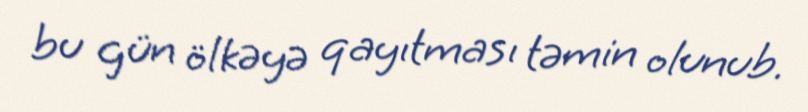
bu gün ölkəyə qayıtması təmin olunub.